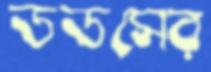
ডডসের